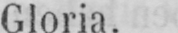
Gloria.